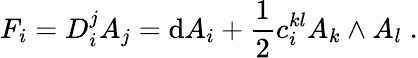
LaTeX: F_{i}=D_{i}^{j}A_{j}=\mathrm{d}A_{i}+\frac{1}{2}c_{i}^{kl}A_{k}\wedge A_{l}\; .